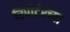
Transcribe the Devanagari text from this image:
रिपोर्टरच्या